Lunatic asylums United Provinces 1909-1921 - 1909-1921
Year: 1909
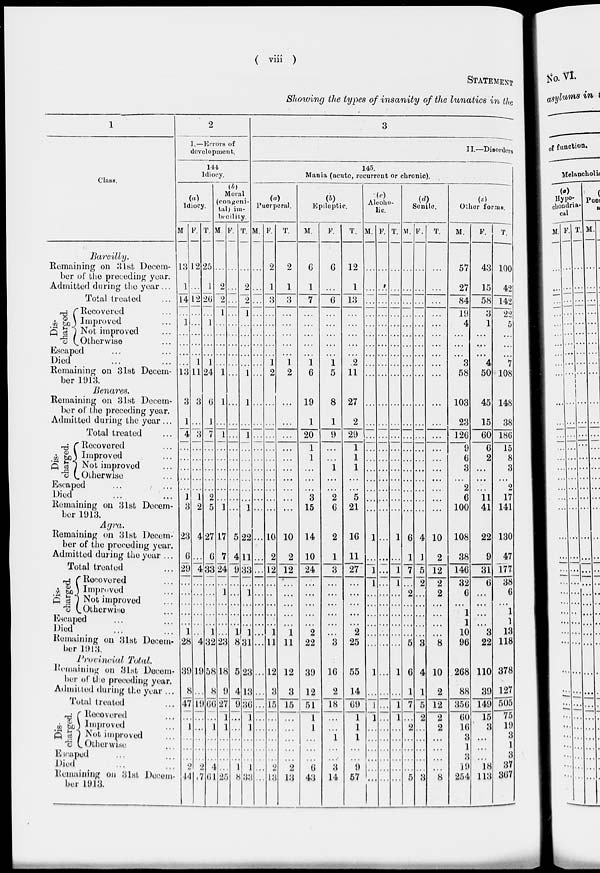
( viii )
STATEMENT
Showing the types of insanity of the lunatics in the
1
2
3
J.—Errors of
development.
II.—Disorders
14J
Idioc
Class
•
145.
T-
Mania (acute, recurrent or chronic).
Idiocy.
(in
Moral
.v .
congoni- «
■
1
tal/ira-
Puorpwal.
btoility,
Epiloptic.
00
Alcoho-
lic.
(d)
Senile.
Oilier forms.
M F. T. J if. i<\ r. M. F
2... 2 ... ]
2 ... 2 ... 1
1 ... 1
T.
M.
P.
6
T. : M. P. T. M. P. T.
M.
P.
43
15
T;
100
42
~142
~¥l
5
*7
108
148
38
180
15
8
3
2
17
141
130
47
177
Bareilly.
Remaining on 31st Decem- 13 12 25
ber of the preceding year.
Admitted during the year... 1 ... 1
> 2
1
6
1
12
1
13
57
27
84
19
4
3
58
103
23
*
—
Total treated
... 14 12 20
}
3
7
(j
58
rg ("Recovered
...
£ 8>j Im P r°v ed
... l ... i
Q e« ) Not improved
•
1
6
19
1
20
1
5
8
1
.2
11
27
2
3
1
*4
50
45
15
o v.Otherwise
Escaped
Died
...
...
i ]
1... 1 ... .
1 ... 1
1 ... 1
1
1
I 2
Remaining on 31st Decem- 13 LI 24
ber 1913.
Benares.
Remaining on 31st Decem- 3 3 0
ber of the preceding year.
Admitted daring the year ... 1
1
—
Total treated
... 437
9 29
126
9
6
3
2
6
100
108
38
00
6
2
11
41
22
9
rQ C Recovered
I
1
3
15
14
10
1
2
6
2
1
1
1
1
5
21
16
11
jj t^\ Improved
p ri 1 Not improved
o (^ Otherwise
Escaped
...
(
Died
...
... J12
1 ... 1 ... .
17 5 22...1
7 4 11 ...
24 9 33 ... 1
0 10
2 2
2 12
Remaining on 3lst Decem- 3 2 5
ber 1913.
Agra.
Remaining on 31st Decem- 23 4 27
ber of the preceding year.
Admitted during the year ... 6 ... 0
1
1
1
—
1
1
1
6
1
7
2
4
]
5
2
10
2
12
2
2
Total treated
... 29 433
24
3 27
146
~32
6
1
1
10
96
268
88
356
60
16
3
1
3
19
254
3L
,_!i C Recovered
2
22
39
12
51
1
I
6
43
3
16
2
2
25
55
14
6
3
22
110
39
38
6
"l
1
13
118
378
127
505
75
19
3
1
3
37
367
A lO Improved
Q 1 ) Not improved
1 ... 1 , .
"o LOtherwise
Escaped
Died
j
j ... 1 1...
23 8,31 ... 1
18 5 23... 1
» 9 4 13...
i 27 9 36 ... J
. 1 ... 1 ... .
1... 1
1
1
1 11
2 12
3 3
Remaining on 3lst Decem- 28 432
5
6
1
7
2
3
4
1
5
~2
8
10
2
ber 1913.
Provincial Total.
Remaining on 81at Decem- 391956
ber of tie preceding year.
Admitted during the year ... 8... h
1
1
1
1
1
1
Total 1 rented
... 47 1<) (j(
[5 15
18 69
12
149
15
3
"18
113
~- f Recovered
w UJ) li>'pi'ovcd
]
]
1
3
14
1
1
1
9
57
2
2
Q | i Not improved
•fl L Otherwise
Escaped
Died
...
0 a i \>... 1 1 ...
1 25 8 33 ...
2 2
13 13
Remaining on 31st J)ecem- 44 ,70
5 a 8
ber 1913.
So. VI.
ylums in i
as
0 f function.
Melancholia
(->
Hypo-
chondria-
Ottl
M P. T.
Puoi
a
M.l .